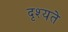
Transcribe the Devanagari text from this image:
दृश्यते